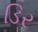
ડિર